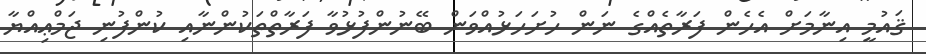
ޤައުމީ އިނާމަށް އެހެން ފަރާތެއްގެ ނަން ހުށަހަޅުއްވަން ބޭނުންފުޅުވާ ފަރާތްތަކުންނާއި ކުންފުނި ޖަމްޢިއްޔާ